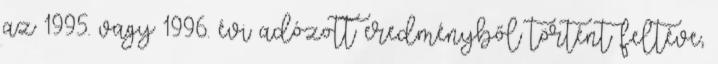
az 1995. vagy 1996. évi adózott eredményből történt feltéve,